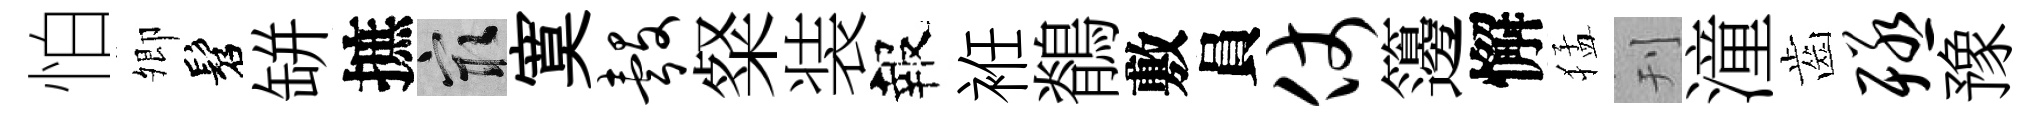
怕𡖖髫缾摭冣寞彀粲装報袵鶺敷員仗籩懈猛刊潼齒殛豫